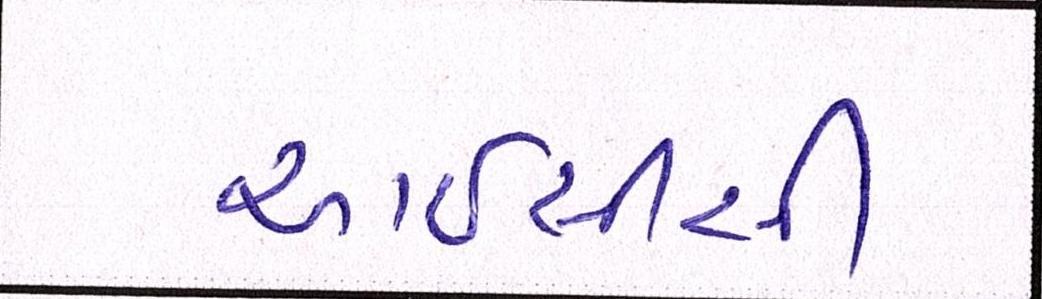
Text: આઇસીસી